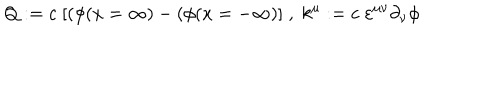
Q : = c \; [ ( \phi ( x = \infty ) - ( \phi ( x = - \infty ) ] \; , \; k ^ { \mu } : = c \; \varepsilon ^ { \mu \nu } \partial _ { \nu } \phi